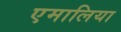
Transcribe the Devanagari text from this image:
एमालिया